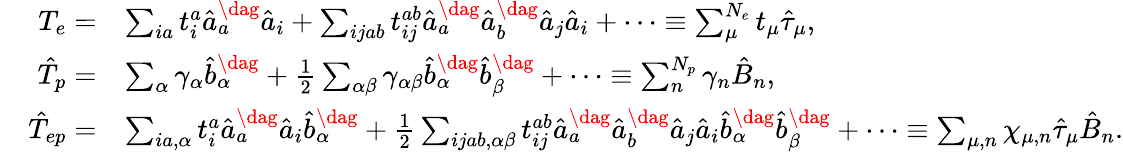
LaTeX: \begin{array}{rl}{T_{e}=}&{\sum_{ia}t_{i}^{a}\hat{a}_{a}^{\dag}\hat{a}_{i}+\sum_{ijab}t_{ij}^{ab}\hat{a}_{a}^{\dag}\hat{a}_{b}^{\dag}\hat{a}_{j}\hat{a}_{i}+\cdots\equiv\sum_{\mu}^{N_{e}}t_{\mu}\hat{\tau}_{\mu},}\\ {\quad\hat{T}_{p}=}&{\sum_{\alpha}\gamma_{\alpha}\hat{b}_{\alpha}^{\dag}+\frac{1}{2}\sum_{\alpha\beta}\gamma_{\alpha\beta}\hat{b}_{\alpha}^{\dag}\hat{b}_{\beta}^{\dag}+\cdots\equiv\sum_{n}^{N_{p}}\gamma_{n}\hat{B}_{n},}\\ {\quad\hat{T}_{ep}=}&{\sum_{ia,\alpha}t_{i}^{a}\hat{a}_{a}^{\dag}\hat{a}_{i}\hat{b}_{\alpha}^{\dag}+\frac{1}{2}\sum_{ijab,\alpha\beta}t_{ij}^{ab}\hat{a}_{a}^{\dag}\hat{a}_{b}^{\dag}\hat{a}_{j}\hat{a}_{i}\hat{b}_{\alpha}^{\dag}\hat{b}_{\beta}^{\dag}+\cdots\equiv\sum_{\mu,n}\chi_{\mu,n}\hat{\tau}_{\mu}\hat{B}_{n}.}\end{array}